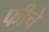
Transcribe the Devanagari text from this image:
फीचे